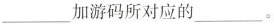
___ 加游码所对应的___ 。